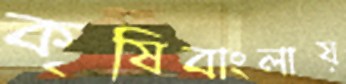
কৃষিবাংলায়